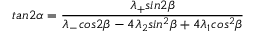
t a n 2 \alpha = \frac { \lambda _ { + } s i n 2 \beta } { \lambda _ { - } c o s 2 \beta - 4 \lambda _ { 2 } s i n ^ { 2 } \beta + 4 \lambda _ { 1 } c o s ^ { 2 } \beta } \;